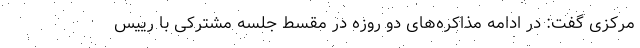
مرکزی گفت: در ادامه مذاکره‌های دو روزه در مقسط جلسه مشترکی با رییس